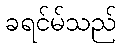
ခရင်မ်သည်